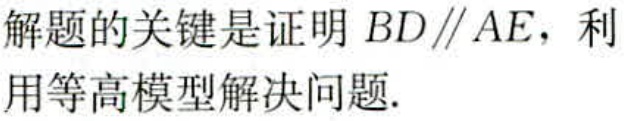
解题的关键是证明 \(BD\parallel AE\)，利用等高模型解决问题.